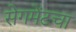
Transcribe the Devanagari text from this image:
सेगमेंटचा